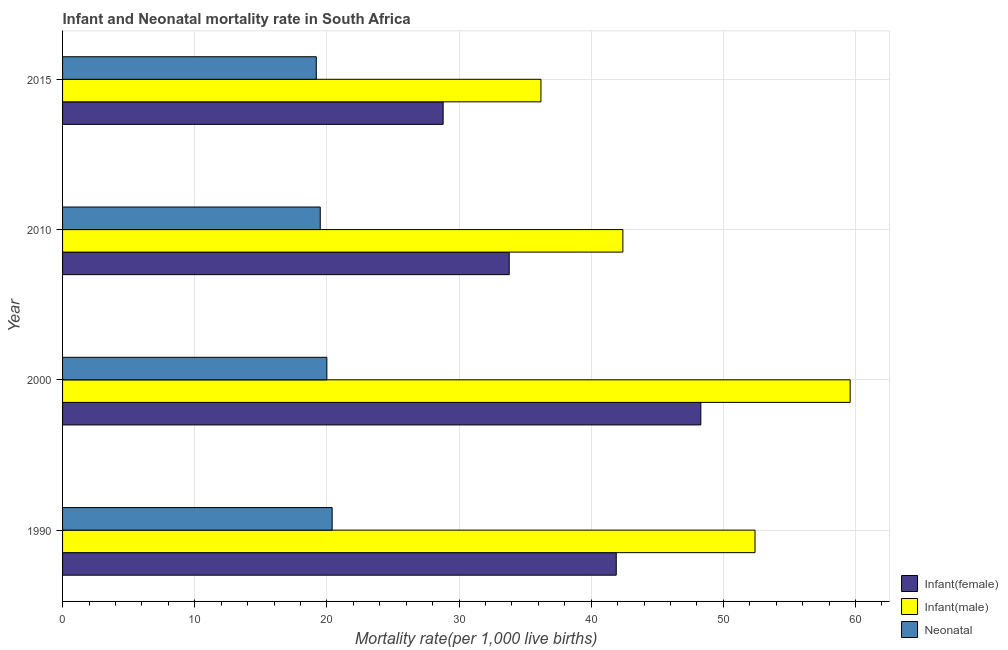
| Year | Infant(female) | Infant(male) | Neonatal  |
 | --- | --- | --- | --- |
 | 1990 | 41.9 | 52.4 | 20.4 |
 | 2000 | 48.3 | 59.6 | 20 |
 | 2010 | 33.8 | 42.4 | 19.5 |
 | 2015 | 28.8 | 36.2 | 19.2 |